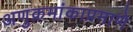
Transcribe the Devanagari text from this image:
अणुक्रमांकाप्रमाणे